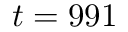
t = 9 9 1